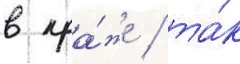
в кра́же / та́к